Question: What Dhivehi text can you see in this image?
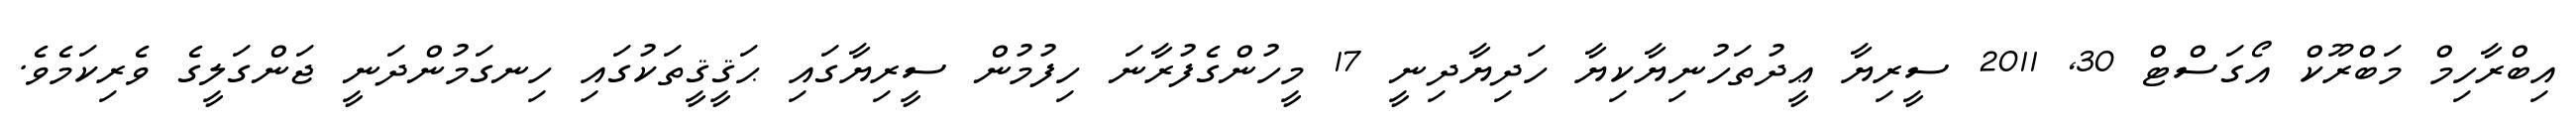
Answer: އިބްރާހިމް މަބްރޫކް އޯގަސްޓް 30, 2011 ސީރިޔާ ޢީދުތަހުނިޔާކިޔާ ހަދިޔާދިނީ 17 މީހުންގެފުރާނަ ހިފުމުން ސީރިޔާގައި ޙަޤީޤީތަކުގައި ހިނގަމުންދަނީ ޖަންގަލީގެ ވެރިކަމެވެ.